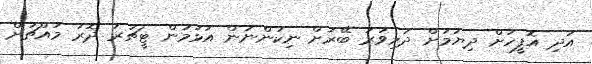
އަދި އޮފީހަށް ދިޔުމަށް ދަރިވަރު ބޭރަށް ނިކުންނަން އުޅުމުން ޓީޗަރު ދޮރު މައްޗަށް